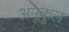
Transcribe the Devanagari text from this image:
अनूकुल